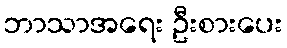
ဘာသာအရေး ဦးစားပေး